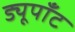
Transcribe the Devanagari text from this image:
ड्यूपाँट